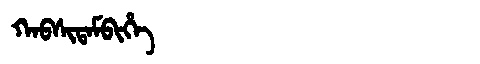
Manchu: ᡴᠠᠪᠰᡳᡨᠠᠮᠪᡳᡥᡝ
Romanization: KABSITAMBIHE